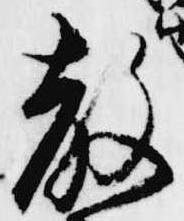
教